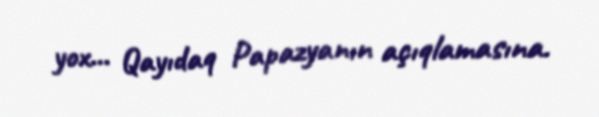
yox... Qayıdaq Papazyanın açıqlamasına.